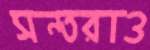
সন্তরাও